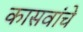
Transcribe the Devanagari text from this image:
कासवांचे